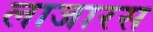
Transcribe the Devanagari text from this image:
लाजारस